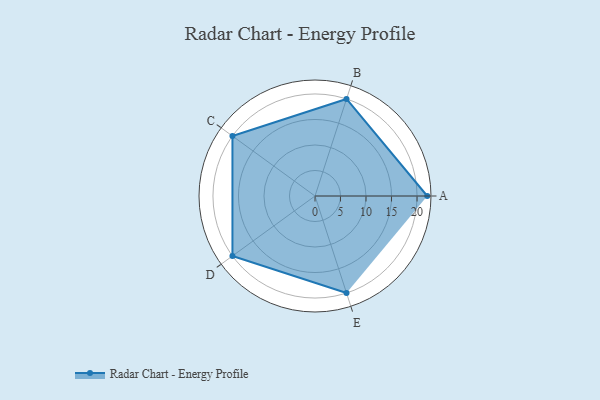
{"axis": {"x": "Skill", "y": "Score"}, "legend": ["Profile"], "data": [{"x": "A", "y": 22.0, "type": "Profile"}, {"x": "B", "y": 20, "type": "Profile"}, {"x": "C", "y": 20, "type": "Profile"}, {"x": "D", "y": 20, "type": "Profile"}, {"x": "E", "y": 20, "type": "Profile"}]}